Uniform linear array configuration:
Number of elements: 64
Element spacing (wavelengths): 0.25
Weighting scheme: hamming
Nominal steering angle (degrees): -60
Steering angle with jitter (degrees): -59.552
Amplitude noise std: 0.05
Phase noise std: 0.05

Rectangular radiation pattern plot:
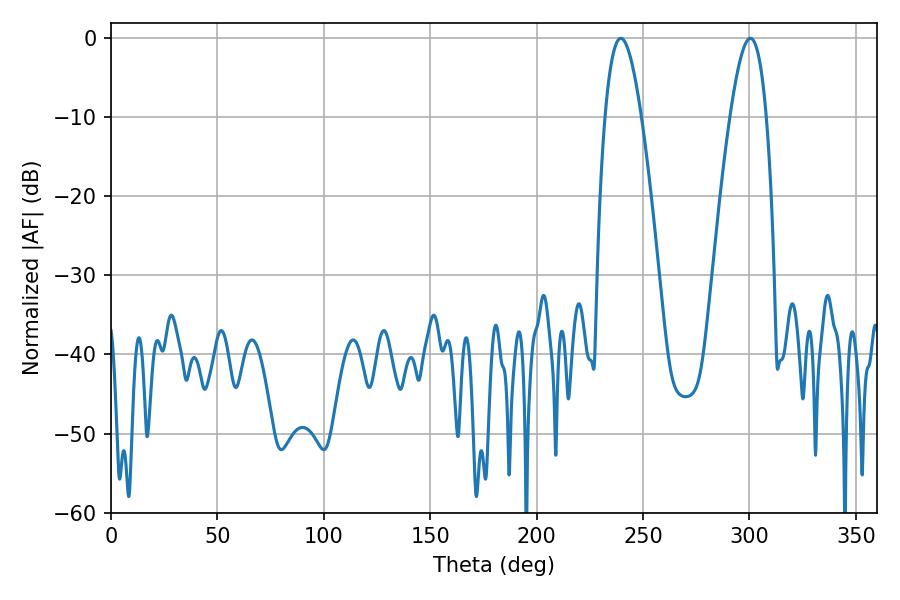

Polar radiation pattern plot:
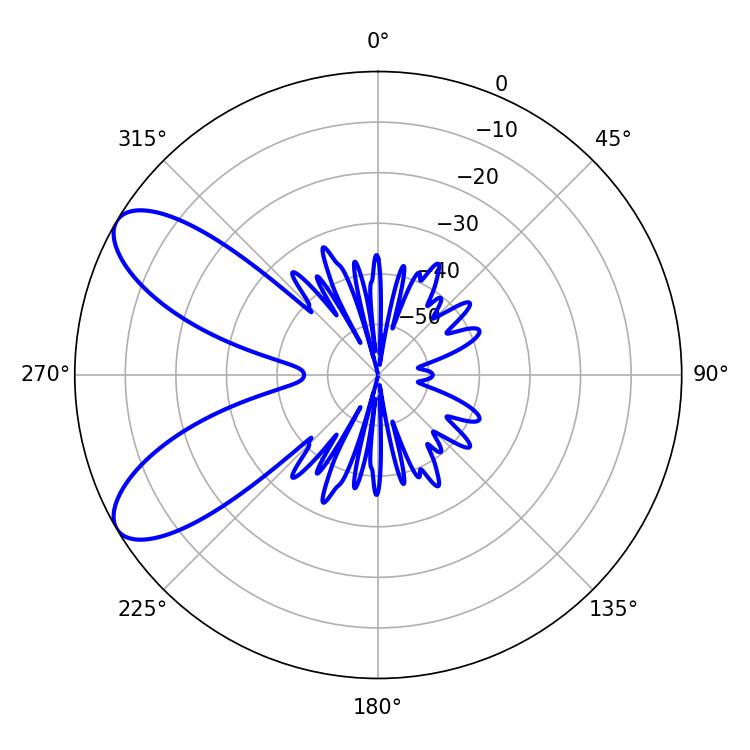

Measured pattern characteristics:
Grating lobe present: FALSE
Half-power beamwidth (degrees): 9.36
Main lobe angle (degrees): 239.58